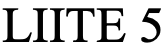
LIITE 5